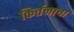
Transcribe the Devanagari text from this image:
किर्तनाचा